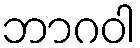
ဘာဂဝါ